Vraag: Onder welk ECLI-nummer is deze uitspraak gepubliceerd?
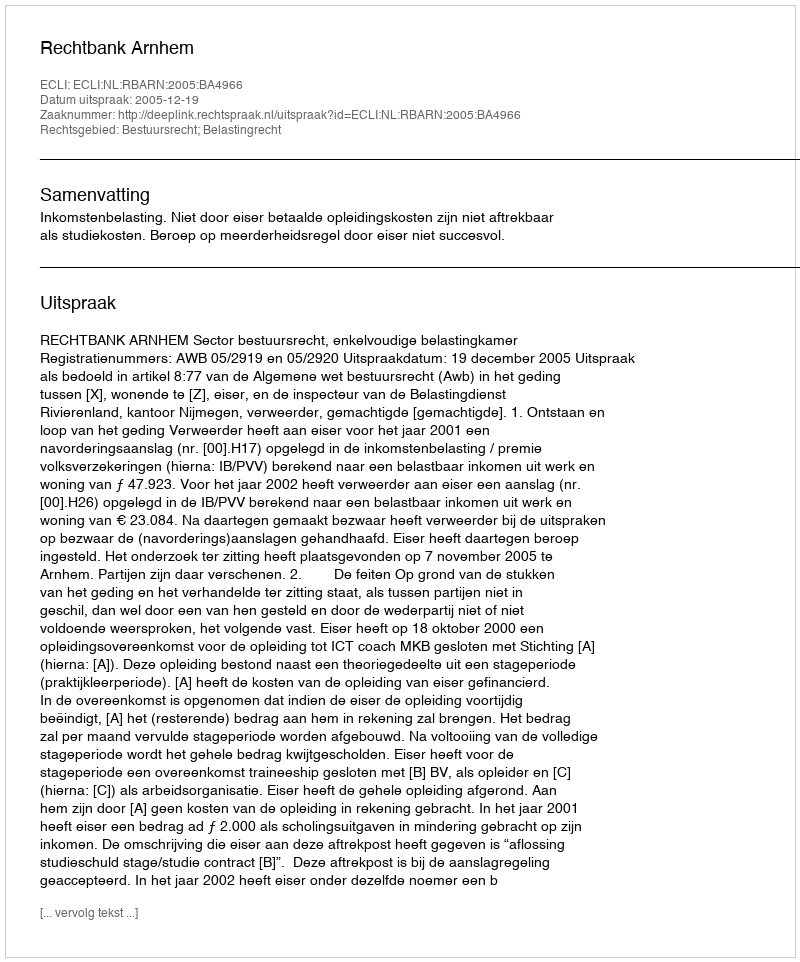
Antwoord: ECLI:NL:RBARN:2005:BA4966